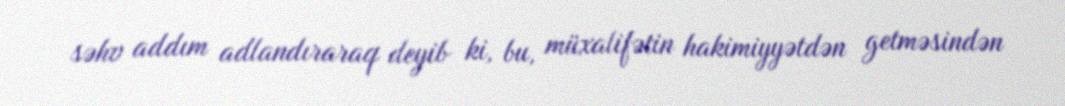
səhv addım adlandıraraq deyib ki, bu, müxalifətin hakimiyyətdən getməsindən